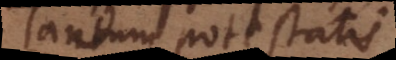
antum potestatis